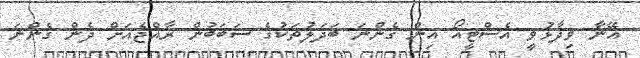
އޭނާ ވިދާޅުވީ އެސްޓީއޯ އިން ގެންނަ ބަދަލުތަކުގެ ސަބަބުން ރާއްޖެއަށް ދެން ގެންނަ